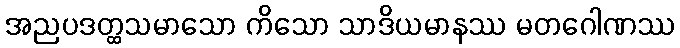
အညပဒတ္ထသမာသော ကိသော သာဒိယမာနဿ မတဂေါဏဿ